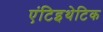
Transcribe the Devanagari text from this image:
एंटिइथेटिक